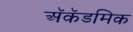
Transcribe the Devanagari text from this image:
अॅकॅडमिक